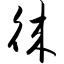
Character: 徕